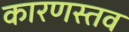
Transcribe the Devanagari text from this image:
कारणस्तव